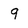
Character: 9